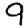
Digit: 9